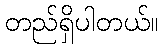
တည်ရှိပါတယ်။